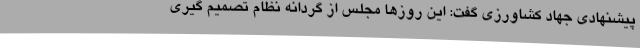
پیشنهادی جهاد کشاورزی گفت: این روزها مجلس از گردانه نظام تصمیم گیری